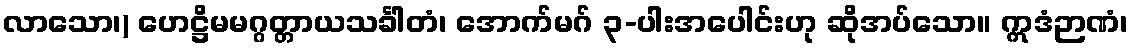
လာသော၊) ဟေဋ္ဌိမမဂ္ဂတ္တာယသင်္ခါတံ၊ အောက်မဂ် ၃-ပါးအပေါင်းဟု ဆိုအပ်သော။ ဣဒံဉာဏံ၊